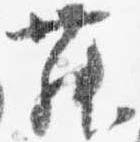
舞